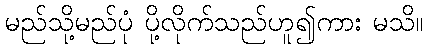
မည်သို့မည်ပုံ ပို့လိုက်သည်ဟူ၍ကား မသိ။